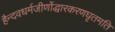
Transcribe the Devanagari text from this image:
हैन्दवधर्मजीर्णोद्धारकरणघृतमति